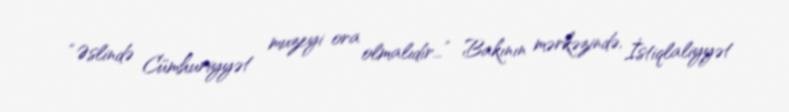
“Əslində Cümhuriyyət muzeyi ora olmalıdır...” Bakının mərkəzində, İstiqlaliyyət